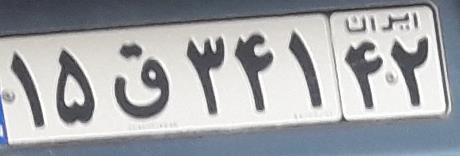
۱۵ق۳۴۱۴۲